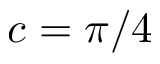
c = \pi / 4